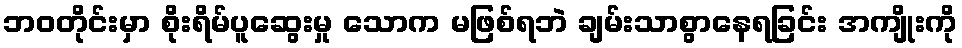
ဘဝတိုင်းမှာ စိုးရိမ်ပူဆွေးမှု သောက မဖြစ်ရဘဲ ချမ်းသာစွာနေရခြင်း အကျိုးကို